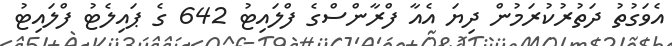
އެވަގުތު ދަތުރުކުރަމުން ދިޔަ އެއާ ފްރާންސްގެ ފްލައިޓު 642 ގެ ޕައިލެޓު ފްލައިޓު